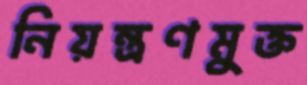
নিয়ন্ত্রণমুক্ত